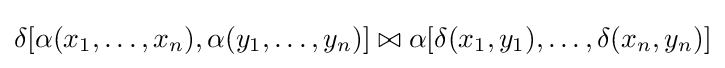
\delta [\alpha (x_{1},\dots ,x_{n}),\alpha (y_{1},\dots ,y_{n})]\bowtie \alpha [\delta (x_{1},y_{1}),\dots ,\delta (x_{n},y_{n})]